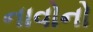
નાવોનો